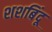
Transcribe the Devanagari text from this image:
शशबिंदू